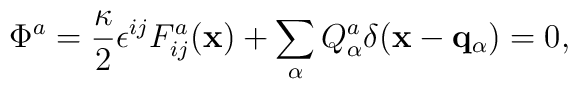
\Phi^a = {\kappa \over 2}\epsilon^{ij} F^a_{ij} ({\bf x}) +\sum_\alpha Q^a_\alpha \delta({\bf x}- {\bf q}_\alpha) =0,